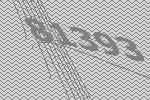
81393